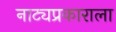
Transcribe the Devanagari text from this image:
नाट्यप्रकाराला